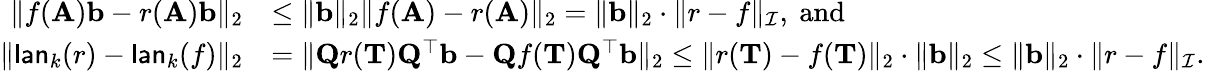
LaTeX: \begin{array}{rl}{\| f(\mathbf{A})\mathbf{b}-r(\mathbf{A})\mathbf{b}\| _{2}}&{\leq\| \mathbf b\| _{2}\| f(\mathbf{A})-r(\mathbf{A})\| _{2}=\| \mathbf b\| _{2}\cdot\| r-f\| _{\mathcal I},\mathrm{~and~}}\\ {\| \mathsf{lan}_{k}(r)-\mathsf{lan}_{k}(f)\| _{2}}&{=\| \mathbf{Q}r(\mathbf T)\mathbf{Q^{\top}b}-\mathbf{Q}f(\mathbf T)\mathbf{Q^{\top}b}\| _{2}\leq\| r(\mathbf T)-f(\mathbf T)\| _{2}\cdot\| \mathbf b\| _{2}\leq\| \mathbf b\| _{2}\cdot\| r-f\| _{\mathcal I}.}\end{array}